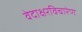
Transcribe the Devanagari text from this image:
वेदाक्षरविचारेण